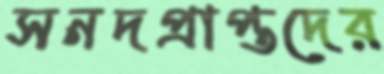
সনদপ্রাপ্তদের